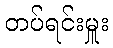
တပ်ရင်းမှူး